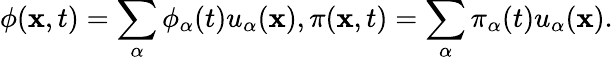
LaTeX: \phi({\mathbf x},t)=\sum_{\alpha}\phi_{\alpha}(t)u_{\alpha}({\mathbf x}),\pi({\mathbf x},t)=\sum_{\alpha}\pi_{\alpha}(t)u_{\alpha}({\mathbf x}).